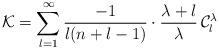
LaTeX: \begin{align*}\mathcal K=\sum_{l=1}^\infty\frac{-1}{l(n+l-1)}\cdot\frac{\lambda+l}{\lambda}\,\mathcal C_l^\lambda\end{align*}